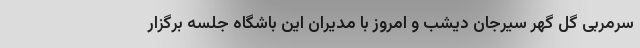
سرمربی گل گهر سیرجان دیشب و امروز با مدیران این باشگاه جلسه برگزار